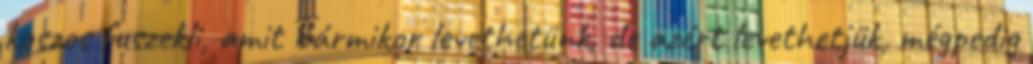
koszos fuszekli, amit bármikor levethetünk, de azért levethetjük, mégpedig